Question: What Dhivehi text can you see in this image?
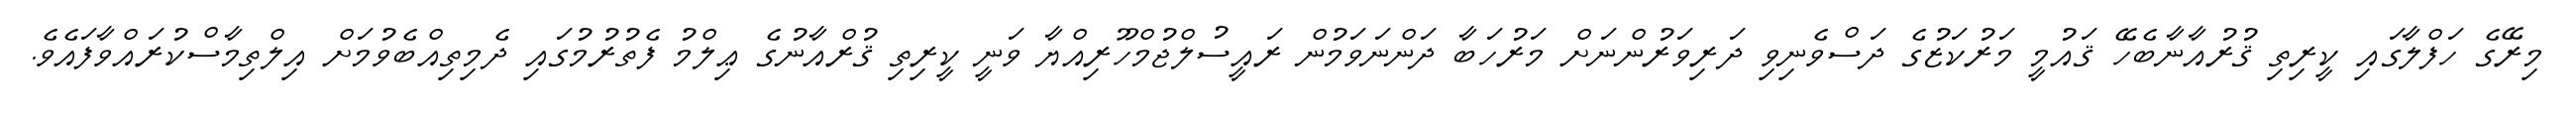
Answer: މިރޭގެ ހަފްލާގައި ކީރިތި ޤުރުއާނާބެހޭ ޤައުމީ މަރުކަޒުގެ ދަސްވެނިވި ދަރިވަރުންނަށް މަރުހަބާ ދަންނަވަމުން ރައީސުލްޖުމްހޫރިއްޔާ ވަނީ ކީރިތި ޤުރްއާނުގެ ޢިލްމު ފެތުރުމުގައި ދެމިތިއްބެވުމަށް އިލްތިމާސްކުރައްވާފައެވެ.